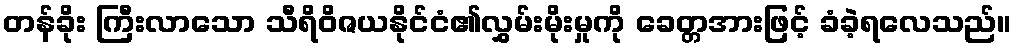
တန်ခိုး ကြီးလာသော သီရိဝိဇယနိုင်ငံ၏လွှမ်းမိုးမှုကို ခေတ္တအားဖြင့် ခံခဲ့ရလေသည်။